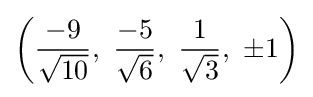
\left({\frac {-9}{\sqrt {10}}},\ {\frac {-5}{\sqrt {6}}},\ {\frac {1}{\sqrt {3}}},\ \pm 1\right)